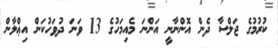
ކުރުމުގެ ޖަލްސާ ދެން އޮންނާނީ އަންނަ މެއިމަހުގެ 13 ވަނަ ދުވަހުކަން އިޢްލާން